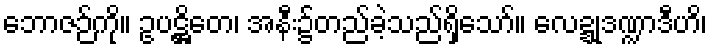
ဘောဇဉ်ကို။ ဥပဋ္ဌိတေ၊ အနီး၌တည်ခဲ့သည်ရှိသော်။ လေဍ္ဍုဒဏ္ဍာဒီဟိ၊